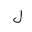
Letter: _lam